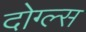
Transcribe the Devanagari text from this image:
दोग्ल्स